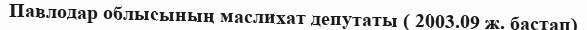
Павлодар облысының маслихат депутаты ( 2003.09 ж. бастап)